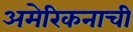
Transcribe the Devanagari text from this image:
अमेरिकनाची